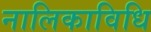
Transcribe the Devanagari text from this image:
नालिकाविधि